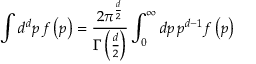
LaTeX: \int d ^ { d } p \, f \left( p \right) = \frac { 2 \pi ^ { \frac { d } { 2 } } } { \Gamma \left( \frac { d } { 2 } \right) } \int _ { 0 } ^ { \infty } d p \, p ^ { d - 1 } f \left( p \right)